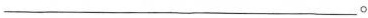
___。